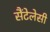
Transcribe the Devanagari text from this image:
सैंटेलेसी